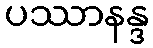
ပဿာနန္ဒ